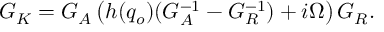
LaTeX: { \cal G } _ { K } = { \cal G } _ { A } \left( h ( q _ { o } ) ( G _ { A } ^ { - 1 } - G _ { R } ^ { - 1 } ) + i \Omega \right) { \cal G } _ { R } .